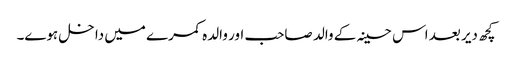
کچھ دیر بعد اس حسینہ کے والد صاحب اور والدہ کمرے میں داخل ہوے۔